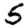
Digit: 5